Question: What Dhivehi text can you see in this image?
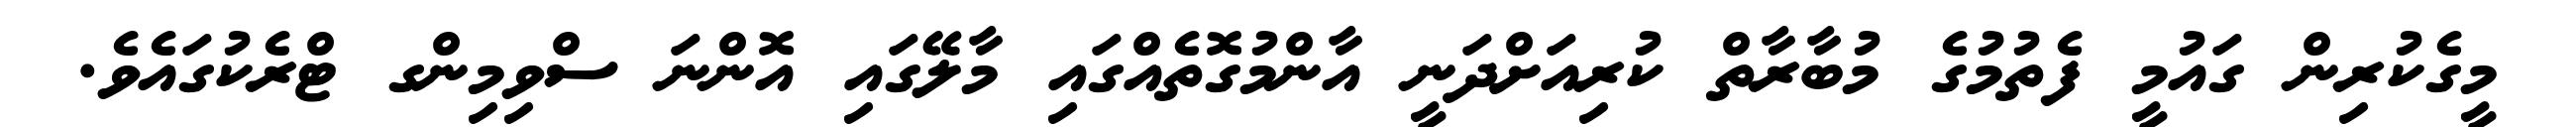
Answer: މީގެކުރިން ގައުމީ ފެތުމުގެ މުބާރާތް ކުރިއަށްދަނީ އާންމުގޮތެއްގައި މާލޭގައި އޮންނަ ސްވިމިންގ ޓްރެކުގައެވެ.